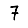
Digit: 7